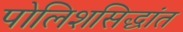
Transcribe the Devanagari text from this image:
पोलिशसिद्धांत